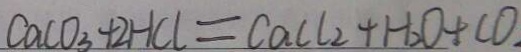
C a C O _ { 3 } + 2 H C l = C a C l _ { 2 } + H _ { 2 } O + C O